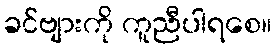
ခင်ဗျားကို ကူညီပါရစေ။